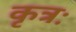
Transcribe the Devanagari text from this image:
कृत्रः